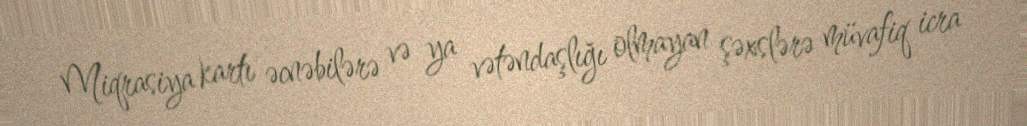
Miqrasiya kartı əcnəbilərə və ya vətəndaşlığı olmayan şəxslərə müvafiq icra